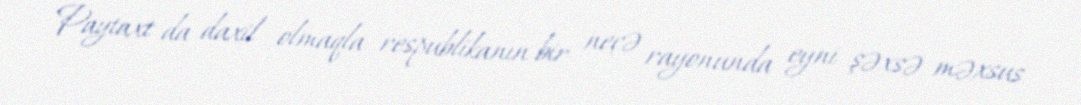
Paytaxt da daxil olmaqla respublikanın bir neçə rayonunda eyni şəxsə məxsus